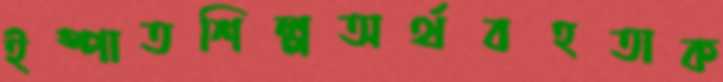
ইস্পাতশিল্পঅর্থবহতাক